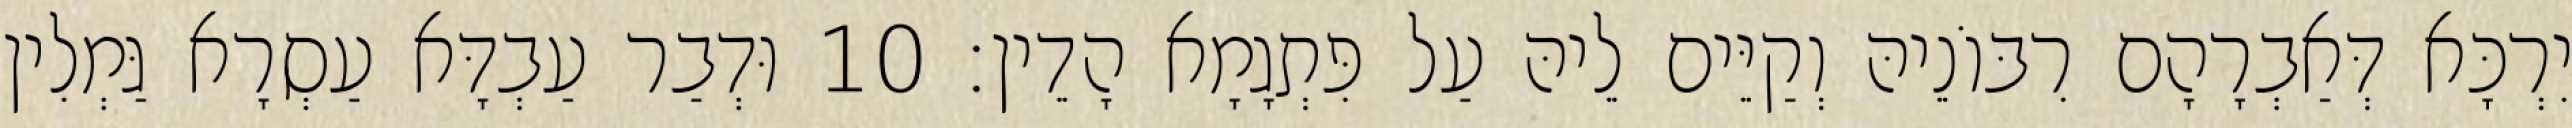
יִרְכָּא דְּאַבְרָהָם רִבּוֹנֵיהּ וְקַיֵּים לֵיהּ עַל פִּתְגָמָא הָדֵין׃ 10 וּדְבַר עַבְדָּא עַסְרָא גַּמְלִין